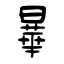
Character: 曅